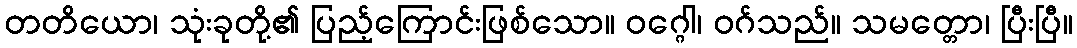
တတိယော၊ သုံးခုတို့၏ ပြည့်ကြောင်းဖြစ်သော။ ဝဂ္ဂေါ၊ ဝဂ်သည်။ သမတ္တော၊ ပြီးပြီ။